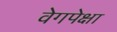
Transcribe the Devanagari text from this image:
वेगपेक्षा